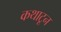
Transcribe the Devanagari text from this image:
कथाटून